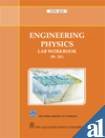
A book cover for Engineering Physics Lab Workbook [ME-191]; WBUT; Science & Math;